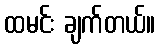
ထမင်း ချက်တယ်။